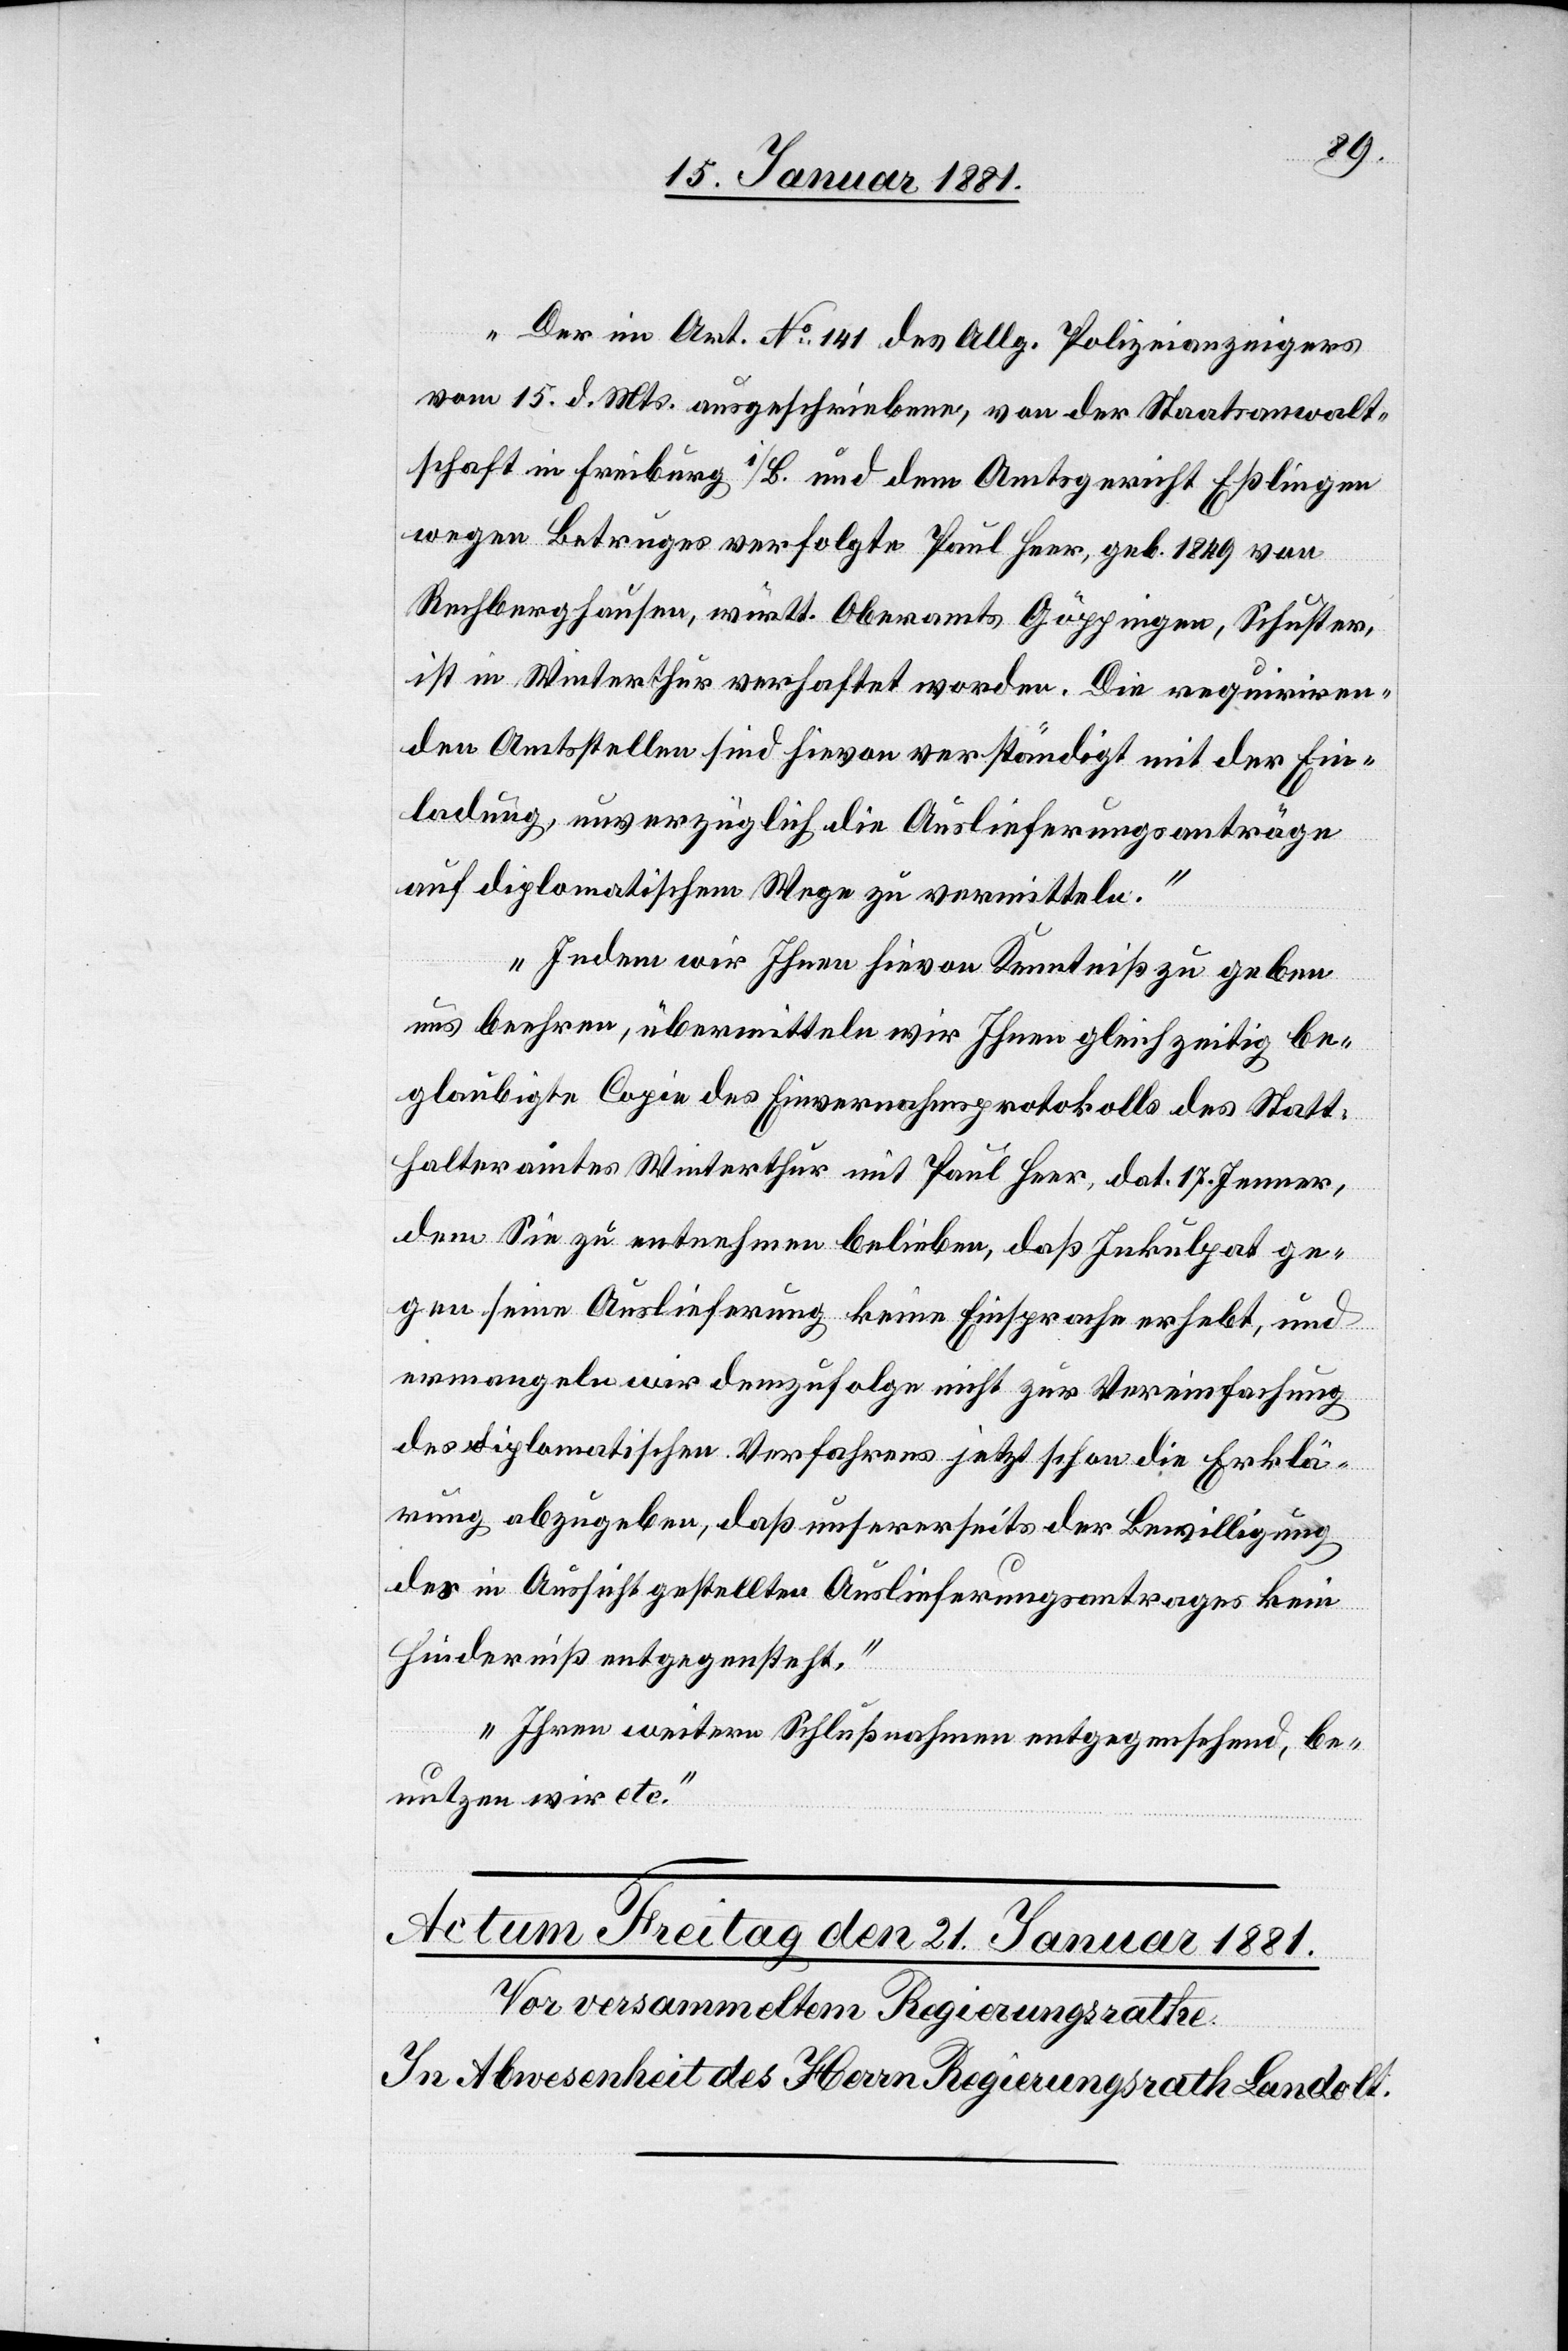
„Das im Art. 141 des Allg. Polizeianzeigers
vom 15. d. Mts. ausgeschriebene, von der Staatsanwalt¬
schaft in Freiburg i/B. und dem Amtsgericht Eßlingen
wegen Betruges verfolgte Paul Heer, geb. 1849 von
Rechberghausen, württ. Oberamts Göppingen, Schuster,
ist in Winterthur verhaftet worden. Die requiriren¬
den Amtsstellen sind hievon verständigt mit der Ein¬
ladung, unverzüglich die Auslieferungsanträge
auf diplomatischem Wege zu vermitteln.“
„Indem wir Ihnen hievon Kenntniß zu geben
uns beehren, übermitteln wir Ihnen gleichzeitig be¬
glaubigte Copie des Einvernahmsprotokolls des Statt¬
halteramtes Winterthur und Paul Heer, dat. 17. Jenner,
dem Sie zu entnehmen belieben, daß Inkulpat ge¬
gen seine Auslieferung keine Einsprache erhebt, und
ermangeln wir demzufolge nicht zur Vereinfachung
des diplomatischen Verfahrens jetzt schon die Erklä¬
rung abzugeben, daß unsererseits der Bewilligung
des in Aussicht gestellten Auslieferungsantrages kein
Hinderniß entgegensteht.“
„Ihren weitern Schlußnahmen entsprechend, be¬
nutzen wir etc.“